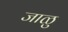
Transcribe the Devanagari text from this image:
जाळु